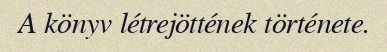
A könyv létrejöttének története.